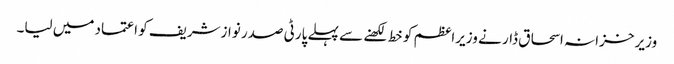
وزیر خزانہ اسحاق ڈار نے وزیراعظم کو خط لکھنے سے پہلے پارٹی صدر نوازشریف کو اعتماد میں لیا۔